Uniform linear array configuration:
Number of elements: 16
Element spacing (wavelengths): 0.75
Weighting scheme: blackman
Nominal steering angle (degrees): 0
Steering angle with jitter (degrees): -1.329
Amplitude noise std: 0.05
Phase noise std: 0.05

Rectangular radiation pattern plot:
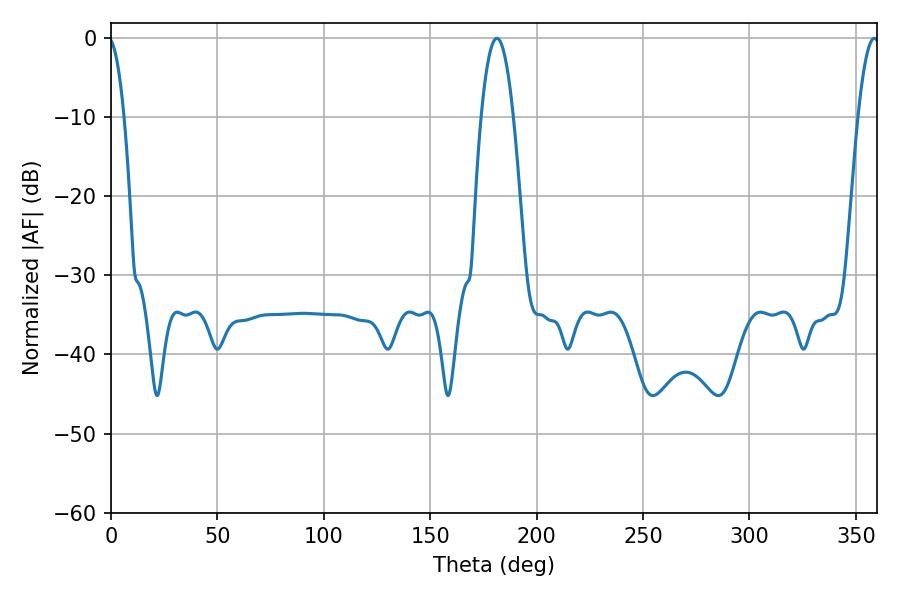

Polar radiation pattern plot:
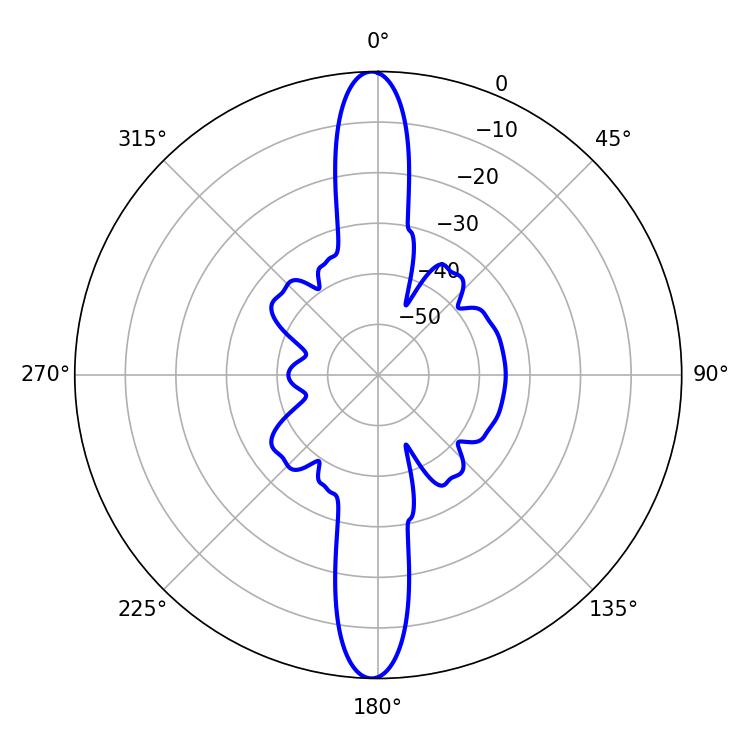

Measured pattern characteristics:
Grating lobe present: TRUE
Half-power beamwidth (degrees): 8.46
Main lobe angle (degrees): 181.26